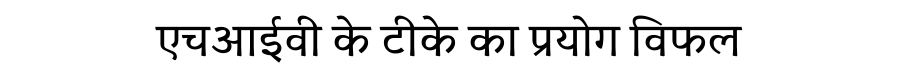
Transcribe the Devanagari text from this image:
एचआईवी के टीके का प्रयोग विफल